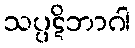
သပ္ပဋိဘာဂါ